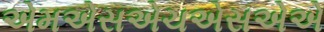
એમએસએચએસએએ